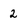
Character: 2